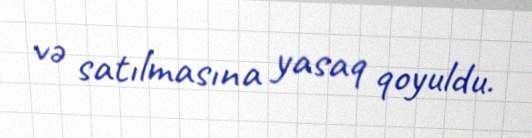
və satılmasına yasaq qoyuldu.